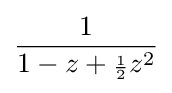
{\frac {1}{1-z+{\scriptstyle {\frac {1}{2}}}z^{2}}}